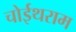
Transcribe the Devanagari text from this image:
चोईथराम